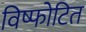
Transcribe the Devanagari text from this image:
विष्फोटित